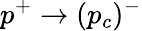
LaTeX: p^{+}\to(p_{c})^{-}